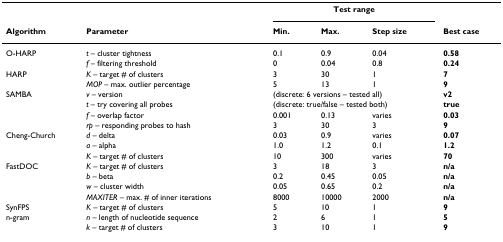
|  |  | <COLSPAN=3> Test range |  |
 | Algorithm | Parameter | Min. | Max. | Step size | Best case |
 | --- | --- | --- | --- | --- | --- |
 | O-HARP | t – cluster tightness | 0.1 | 0.9 | 0.04 | 0.58 |
 |  | f – filtering threshold | 0 | 0.04 | 0.8 | 0.24 |
 | HARP | K – target # of clusters | 3 | 30 | 1 | 7 |
 |  | MOP – max. outlier percentage | 5 | 13 | 1 | 9 |
 | SAMBA | v – version | <COLSPAN=3> (discrete: 6 versions – tested all) | v2 |
 |  | t – try covering all probes | <COLSPAN=3> (discrete: true/false – tested both) | true |
 |  | f – overlap factor | 0.001 | 0.13 | varies | 0.03 |
 |  | rp – responding probes to hash | 3 | 30 | 3 | 9 |
 | Cheng-Church | d – delta | 0.03 | 0.9 | varies | 0.07 |
 |  | a – alpha | 1.0 | 1.2 | 0.1 | 1.2 |
 |  | K – target # of clusters | 10 | 300 | varies | 70 |
 | FastDOC | K – target # of clusters | 3 | 18 | 3 | n/a |
 |  | b – beta | 0.2 | 0.45 | 0.05 | n/a |
 |  | w – cluster width | 0.05 | 0.65 | 0.2 | n/a |
 |  | MAXITER – max. # of inner iterations | 8000 | 10000 | 2000 | n/a |
 | SynFPS | K – target # of clusters | 5 | 10 | 1 | 9 |
 | n-gram | n – length of nucleotide sequence | 2 | 6 | 1 | 5 |
 |  | k – target # of clusters | 3 | 10 | 1 | 9 |